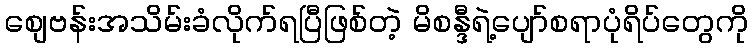
စျေဗန်းအသိမ်းခံလိုက်ရပြီဖြစ်တဲ့ မိစန္ဒီရဲ့ပျော်စရာပုံရိပ်တွေကို